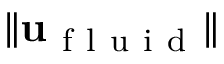
\| \mathbf { u } _ { \mathrm { ~ f ~ l ~ u ~ i ~ d ~ } } \|